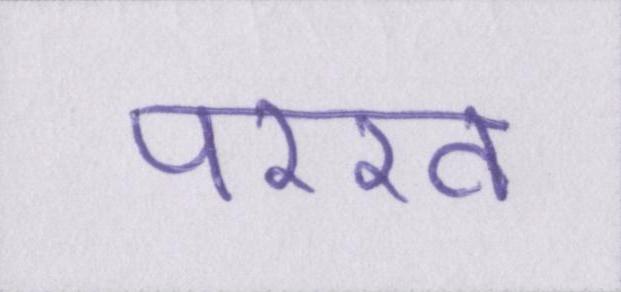
परख